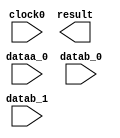
// megafunction wizard: %ALTMULT_ADD%VBB%
// GENERATION: STANDARD
// VERSION: WM1.0
// MODULE: ALTMULT_ADD 

// ============================================================
// Megafunction Name(s):
// 			ALTMULT_ADD
//
// Simulation Library Files(s):
// 			altera_mf
// ============================================================
// ************************************************************
// THIS IS A WIZARD-GENERATED FILE. DO NOT EDIT THIS FILE!
//
// 13.0.1 Build 232 06/12/2013 SP 1 SJ Full Version
// ************************************************************

//Copyright (C) 1991-2013 Altera Corporation
//Your use of Altera Corporation's design tools, logic functions 
//and other software and tools, and its AMPP partner logic 
//functions, and any output files from any of the foregoing 
//(including device programming or simulation files), and any 
//associated documentation or information are expressly subject 
//to the terms and conditions of the Altera Program License 
//Subscription Agreement, Altera MegaCore Function License 
//Agreement, or other applicable license agreement, including, 
//without limitation, that your use is for the sole purpose of 
//programming logic devices manufactured by Altera and sold by 
//Altera or its authorized distributors.  Please refer to the 
//applicable agreement for further details.

module multadd2_logic (
	clock0,
	dataa_0,
	datab_0,
	datab_1,
	result);

	input	  clock0;
	input	[15:0]  dataa_0;
	input	[15:0]  datab_0;
	input	[15:0]  datab_1;
	output	[32:0]  result;
`ifndef ALTERA_RESERVED_QIS
// synopsys translate_off
`endif
	tri1	  clock0;
	tri0	[15:0]  dataa_0;
	tri0	[15:0]  datab_0;
	tri0	[15:0]  datab_1;
`ifndef ALTERA_RESERVED_QIS
// synopsys translate_on
`endif

endmodule

// ============================================================
// CNX file retrieval info
// ============================================================
// Retrieval info: PRIVATE: ADDER1_ROUND_ACLR_SRC NUMERIC "3"
// Retrieval info: PRIVATE: ADDER1_ROUND_CLK_SRC NUMERIC "0"
// Retrieval info: PRIVATE: ADDER1_ROUND_OP STRING "Enabled"
// Retrieval info: PRIVATE: ADDER1_ROUND_PIPE_ACLR_SRC NUMERIC "3"
// Retrieval info: PRIVATE: ADDER1_ROUND_PIPE_CLK_SRC NUMERIC "0"
// Retrieval info: PRIVATE: ADDER1_ROUND_PIPE_REG STRING "1"
// Retrieval info: PRIVATE: ADDER1_ROUND_REG STRING "1"
// Retrieval info: PRIVATE: ADDER1_SAT_ACLR_SRC NUMERIC "3"
// Retrieval info: PRIVATE: ADDER1_SAT_CLK_SRC NUMERIC "0"
// Retrieval info: PRIVATE: ADDER1_SAT_OP STRING "Enabled"
// Retrieval info: PRIVATE: ADDER1_SAT_OVERFLOW_OUT NUMERIC "0"
// Retrieval info: PRIVATE: ADDER1_SAT_PIPE_ACLR_SRC NUMERIC "3"
// Retrieval info: PRIVATE: ADDER1_SAT_PIPE_CLK_SRC NUMERIC "0"
// Retrieval info: PRIVATE: ADDER1_SAT_PIPE_REG STRING "0"
// Retrieval info: PRIVATE: ADDER1_SAT_REG STRING "0"
// Retrieval info: PRIVATE: ADDER3_ROUND_ACLR_SRC NUMERIC "3"
// Retrieval info: PRIVATE: ADDER3_ROUND_CLK_SRC NUMERIC "0"
// Retrieval info: PRIVATE: ADDER3_ROUND_OP STRING "Enabled"
// Retrieval info: PRIVATE: ADDER3_ROUND_PIPE_ACLR_SRC NUMERIC "3"
// Retrieval info: PRIVATE: ADDER3_ROUND_PIPE_CLK_SRC NUMERIC "0"
// Retrieval info: PRIVATE: ADDER3_ROUND_PIPE_REG STRING "1"
// Retrieval info: PRIVATE: ADDER3_ROUND_REG STRING "0"
// Retrieval info: PRIVATE: ADDNSUB1_ACLR_SRC NUMERIC "3"
// Retrieval info: PRIVATE: ADDNSUB1_CLK_SRC NUMERIC "0"
// Retrieval info: PRIVATE: ADDNSUB1_PIPE_ACLR_SRC NUMERIC "3"
// Retrieval info: PRIVATE: ADDNSUB1_PIPE_CLK_SRC NUMERIC "0"
// Retrieval info: PRIVATE: ADDNSUB1_PIPE_REG STRING "1"
// Retrieval info: PRIVATE: ADDNSUB1_REG STRING "1"
// Retrieval info: PRIVATE: ADDNSUB3_ACLR_SRC NUMERIC "3"
// Retrieval info: PRIVATE: ADDNSUB3_CLK_SRC NUMERIC "0"
// Retrieval info: PRIVATE: ADDNSUB3_PIPE_ACLR_SRC NUMERIC "3"
// Retrieval info: PRIVATE: ADDNSUB3_PIPE_CLK_SRC NUMERIC "0"
// Retrieval info: PRIVATE: ADDNSUB3_PIPE_REG STRING "1"
// Retrieval info: PRIVATE: ADDNSUB3_REG STRING "0"
// Retrieval info: PRIVATE: ADD_ENABLE NUMERIC "0"
// Retrieval info: PRIVATE: ALL_REG_ACLR NUMERIC "0"
// Retrieval info: PRIVATE: A_ACLR_SRC_MULT0 NUMERIC "3"
// Retrieval info: PRIVATE: A_CLK_SRC_MULT0 NUMERIC "0"
// Retrieval info: PRIVATE: B_ACLR_SRC_MULT0 NUMERIC "3"
// Retrieval info: PRIVATE: B_CLK_SRC_MULT0 NUMERIC "0"
// Retrieval info: PRIVATE: HAS_MAC STRING "0"
// Retrieval info: PRIVATE: HAS_SAT_ROUND STRING "0"
// Retrieval info: PRIVATE: IMPL_STYLE_DEDICATED NUMERIC "0"
// Retrieval info: PRIVATE: IMPL_STYLE_DEFAULT NUMERIC "1"
// Retrieval info: PRIVATE: IMPL_STYLE_LCELL NUMERIC "0"
// Retrieval info: PRIVATE: INTENDED_DEVICE_FAMILY STRING "Arria GX"
// Retrieval info: PRIVATE: MULT01_ROUND_ACLR_SRC NUMERIC "3"
// Retrieval info: PRIVATE: MULT01_ROUND_CLK_SRC NUMERIC "0"
// Retrieval info: PRIVATE: MULT01_ROUND_OP STRING "Enabled"
// Retrieval info: PRIVATE: MULT01_ROUND_PIPE_ACLR_SRC NUMERIC "3"
// Retrieval info: PRIVATE: MULT01_ROUND_PIPE_CLK_SRC NUMERIC "0"
// Retrieval info: PRIVATE: MULT01_ROUND_PIPE_REG STRING "0"
// Retrieval info: PRIVATE: MULT01_ROUND_REG STRING "1"
// Retrieval info: PRIVATE: MULT01_SAT_ACLR_SRC NUMERIC "3"
// Retrieval info: PRIVATE: MULT01_SAT_CLK_SRC NUMERIC "0"
// Retrieval info: PRIVATE: MULT01_SAT_OP STRING "Enabled"
// Retrieval info: PRIVATE: MULT01_SAT_PIPE_ACLR_SRC NUMERIC "3"
// Retrieval info: PRIVATE: MULT01_SAT_PIPE_CLK_SRC NUMERIC "0"
// Retrieval info: PRIVATE: MULT01_SAT_PIPE_REG STRING "0"
// Retrieval info: PRIVATE: MULT01_SAT_REG STRING "1"
// Retrieval info: PRIVATE: MULT0_SAT_OVERFLOW_OUT NUMERIC "0"
// Retrieval info: PRIVATE: MULT1_SAT_OVERFLOW_OUT NUMERIC "0"
// Retrieval info: PRIVATE: MULT23_ROUND_ACLR_SRC NUMERIC "3"
// Retrieval info: PRIVATE: MULT23_ROUND_CLK_SRC NUMERIC "0"
// Retrieval info: PRIVATE: MULT23_ROUND_OP STRING "Enabled"
// Retrieval info: PRIVATE: MULT23_ROUND_PIPE_ACLR_SRC NUMERIC "3"
// Retrieval info: PRIVATE: MULT23_ROUND_PIPE_CLK_SRC NUMERIC "0"
// Retrieval info: PRIVATE: MULT23_ROUND_PIPE_REG STRING "0"
// Retrieval info: PRIVATE: MULT23_ROUND_REG STRING "0"
// Retrieval info: PRIVATE: MULT23_SAT_ACLR_SRC NUMERIC "3"
// Retrieval info: PRIVATE: MULT23_SAT_CLK_SRC NUMERIC "0"
// Retrieval info: PRIVATE: MULT23_SAT_OP STRING "Enabled"
// Retrieval info: PRIVATE: MULT23_SAT_PIPE_ACLR_SRC NUMERIC "3"
// Retrieval info: PRIVATE: MULT23_SAT_PIPE_CLK_SRC NUMERIC "0"
// Retrieval info: PRIVATE: MULT23_SAT_PIPE_REG STRING "0"
// Retrieval info: PRIVATE: MULT23_SAT_REG STRING "0"
// Retrieval info: PRIVATE: MULT2_SAT_OVERFLOW_OUT NUMERIC "0"
// Retrieval info: PRIVATE: MULT3_SAT_OVERFLOW_OUT NUMERIC "0"
// Retrieval info: PRIVATE: MULT_REGA0 NUMERIC "1"
// Retrieval info: PRIVATE: MULT_REGB0 NUMERIC "0"
// Retrieval info: PRIVATE: MULT_REGOUT0 NUMERIC "1"
// Retrieval info: PRIVATE: NUM_MULT STRING "2"
// Retrieval info: PRIVATE: OP1 STRING "Add"
// Retrieval info: PRIVATE: OP3 STRING "Add"
// Retrieval info: PRIVATE: OUTPUT_EXTRA_LAT NUMERIC "0"
// Retrieval info: PRIVATE: OUTPUT_REG_ACLR_SRC NUMERIC "3"
// Retrieval info: PRIVATE: OUTPUT_REG_CLK_SRC NUMERIC "0"
// Retrieval info: PRIVATE: Q_ACLR_SRC_MULT0 NUMERIC "3"
// Retrieval info: PRIVATE: Q_CLK_SRC_MULT0 NUMERIC "0"
// Retrieval info: PRIVATE: REG_OUT NUMERIC "1"
// Retrieval info: PRIVATE: RNFORMAT STRING "33"
// Retrieval info: PRIVATE: RQFORMAT STRING "Q1.15"
// Retrieval info: PRIVATE: RTS_WIDTH STRING "33"
// Retrieval info: PRIVATE: SAME_CONFIG NUMERIC "1"
// Retrieval info: PRIVATE: SAME_CONTROL_SRC_A0 NUMERIC "1"
// Retrieval info: PRIVATE: SAME_CONTROL_SRC_B0 NUMERIC "1"
// Retrieval info: PRIVATE: SCANOUTA NUMERIC "0"
// Retrieval info: PRIVATE: SCANOUTB NUMERIC "0"
// Retrieval info: PRIVATE: SHIFTOUTA_ACLR_SRC NUMERIC "3"
// Retrieval info: PRIVATE: SHIFTOUTA_CLK_SRC NUMERIC "0"
// Retrieval info: PRIVATE: SHIFTOUTA_REG STRING "0"
// Retrieval info: PRIVATE: SIGNA STRING "UNSIGNED"
// Retrieval info: PRIVATE: SIGNA_ACLR_SRC NUMERIC "3"
// Retrieval info: PRIVATE: SIGNA_CLK_SRC NUMERIC "0"
// Retrieval info: PRIVATE: SIGNA_PIPE_ACLR_SRC NUMERIC "3"
// Retrieval info: PRIVATE: SIGNA_PIPE_CLK_SRC NUMERIC "0"
// Retrieval info: PRIVATE: SIGNA_PIPE_REG STRING "1"
// Retrieval info: PRIVATE: SIGNA_REG STRING "1"
// Retrieval info: PRIVATE: SIGNB STRING "SIGNED"
// Retrieval info: PRIVATE: SIGNB_ACLR_SRC NUMERIC "3"
// Retrieval info: PRIVATE: SIGNB_CLK_SRC NUMERIC "0"
// Retrieval info: PRIVATE: SIGNB_PIPE_ACLR_SRC NUMERIC "3"
// Retrieval info: PRIVATE: SIGNB_PIPE_CLK_SRC NUMERIC "0"
// Retrieval info: PRIVATE: SIGNB_PIPE_REG STRING "1"
// Retrieval info: PRIVATE: SIGNB_REG STRING "0"
// Retrieval info: PRIVATE: SRCA0 STRING "Shiftin input"
// Retrieval info: PRIVATE: SRCB0 STRING "Multiplier input"
// Retrieval info: PRIVATE: SYNTH_WRAPPER_GEN_POSTFIX STRING "0"
// Retrieval info: PRIVATE: WIDTHA STRING "16"
// Retrieval info: PRIVATE: WIDTHB STRING "16"
// Retrieval info: LIBRARY: altera_mf altera_mf.altera_mf_components.all
// Retrieval info: CONSTANT: ADDNSUB_MULTIPLIER_ACLR1 STRING "UNUSED"
// Retrieval info: CONSTANT: ADDNSUB_MULTIPLIER_PIPELINE_ACLR1 STRING "UNUSED"
// Retrieval info: CONSTANT: ADDNSUB_MULTIPLIER_PIPELINE_REGISTER1 STRING "CLOCK0"
// Retrieval info: CONSTANT: ADDNSUB_MULTIPLIER_REGISTER1 STRING "CLOCK0"
// Retrieval info: CONSTANT: DEDICATED_MULTIPLIER_CIRCUITRY STRING "AUTO"
// Retrieval info: CONSTANT: INPUT_ACLR_A0 STRING "UNUSED"
// Retrieval info: CONSTANT: INPUT_ACLR_A1 STRING "UNUSED"
// Retrieval info: CONSTANT: INPUT_REGISTER_A0 STRING "CLOCK0"
// Retrieval info: CONSTANT: INPUT_REGISTER_A1 STRING "CLOCK0"
// Retrieval info: CONSTANT: INPUT_REGISTER_B0 STRING "UNREGISTERED"
// Retrieval info: CONSTANT: INPUT_REGISTER_B1 STRING "UNREGISTERED"
// Retrieval info: CONSTANT: INPUT_SOURCE_A0 STRING "DATAA"
// Retrieval info: CONSTANT: INPUT_SOURCE_A1 STRING "SCANA"
// Retrieval info: CONSTANT: INPUT_SOURCE_B0 STRING "DATAB"
// Retrieval info: CONSTANT: INPUT_SOURCE_B1 STRING "DATAB"
// Retrieval info: CONSTANT: INTENDED_DEVICE_FAMILY STRING "Arria GX"
// Retrieval info: CONSTANT: LPM_TYPE STRING "altmult_add"
// Retrieval info: CONSTANT: MULTIPLIER1_DIRECTION STRING "ADD"
// Retrieval info: CONSTANT: MULTIPLIER_ACLR0 STRING "UNUSED"
// Retrieval info: CONSTANT: MULTIPLIER_ACLR1 STRING "UNUSED"
// Retrieval info: CONSTANT: MULTIPLIER_REGISTER0 STRING "CLOCK0"
// Retrieval info: CONSTANT: MULTIPLIER_REGISTER1 STRING "CLOCK0"
// Retrieval info: CONSTANT: NUMBER_OF_MULTIPLIERS NUMERIC "2"
// Retrieval info: CONSTANT: OUTPUT_ACLR STRING "UNUSED"
// Retrieval info: CONSTANT: OUTPUT_REGISTER STRING "CLOCK0"
// Retrieval info: CONSTANT: PORT_ADDNSUB1 STRING "PORT_UNUSED"
// Retrieval info: CONSTANT: PORT_SIGNA STRING "PORT_UNUSED"
// Retrieval info: CONSTANT: PORT_SIGNB STRING "PORT_UNUSED"
// Retrieval info: CONSTANT: REPRESENTATION_A STRING "UNSIGNED"
// Retrieval info: CONSTANT: REPRESENTATION_B STRING "SIGNED"
// Retrieval info: CONSTANT: SIGNED_ACLR_A STRING "UNUSED"
// Retrieval info: CONSTANT: SIGNED_PIPELINE_ACLR_A STRING "UNUSED"
// Retrieval info: CONSTANT: SIGNED_PIPELINE_ACLR_B STRING "UNUSED"
// Retrieval info: CONSTANT: SIGNED_PIPELINE_REGISTER_A STRING "CLOCK0"
// Retrieval info: CONSTANT: SIGNED_PIPELINE_REGISTER_B STRING "CLOCK0"
// Retrieval info: CONSTANT: SIGNED_REGISTER_A STRING "CLOCK0"
// Retrieval info: CONSTANT: SIGNED_REGISTER_B STRING "UNREGISTERED"
// Retrieval info: CONSTANT: WIDTH_A NUMERIC "16"
// Retrieval info: CONSTANT: WIDTH_B NUMERIC "16"
// Retrieval info: CONSTANT: WIDTH_RESULT NUMERIC "33"
// Retrieval info: USED_PORT: clock0 0 0 0 0 INPUT VCC "clock0"
// Retrieval info: USED_PORT: dataa_0 0 0 16 0 INPUT GND "dataa_0[15..0]"
// Retrieval info: USED_PORT: datab_0 0 0 16 0 INPUT GND "datab_0[15..0]"
// Retrieval info: USED_PORT: datab_1 0 0 16 0 INPUT GND "datab_1[15..0]"
// Retrieval info: USED_PORT: result 0 0 33 0 OUTPUT GND "result[32..0]"
// Retrieval info: CONNECT: @clock0 0 0 0 0 clock0 0 0 0 0
// Retrieval info: CONNECT: @dataa 0 0 16 16 GND 0 0 16 0
// Retrieval info: CONNECT: @dataa 0 0 16 0 dataa_0 0 0 16 0
// Retrieval info: CONNECT: @datab 0 0 16 0 datab_0 0 0 16 0
// Retrieval info: CONNECT: @datab 0 0 16 16 datab_1 0 0 16 0
// Retrieval info: CONNECT: result 0 0 33 0 @result 0 0 33 0
// Retrieval info: GEN_FILE: TYPE_NORMAL multadd2_logic.v TRUE
// Retrieval info: GEN_FILE: TYPE_NORMAL multadd2_logic.inc FALSE
// Retrieval info: GEN_FILE: TYPE_NORMAL multadd2_logic.cmp FALSE
// Retrieval info: GEN_FILE: TYPE_NORMAL multadd2_logic.bsf FALSE
// Retrieval info: GEN_FILE: TYPE_NORMAL multadd2_logic_inst.v FALSE
// Retrieval info: GEN_FILE: TYPE_NORMAL multadd2_logic_bb.v TRUE
// Retrieval info: LIB_FILE: altera_mf